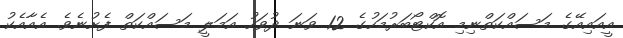
އީއައިއޭގެ މަސައްކަތްނިމި އޮކްޓޯބަރުމަހުގެ 12 ވަނަ ދުވަހު އަމަލީ މަސައްކަތް ފެށުނެވެ. އެއާއެކު